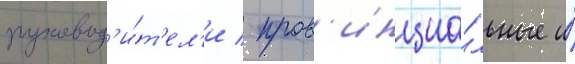
руковод'и́т'ел'и / пров'инциа́льные и́